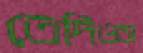
তেদিওস